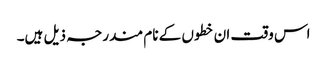
اس وقت ان خطوں کے نام مندرجہ ذیل ہیں۔